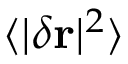
\langle | \delta \mathbf { r } | ^ { 2 } \rangle